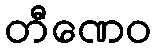
တီဏေဝ